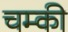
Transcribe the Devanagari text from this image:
चम्की